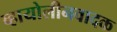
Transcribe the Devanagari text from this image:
व्हायोलीनवादक